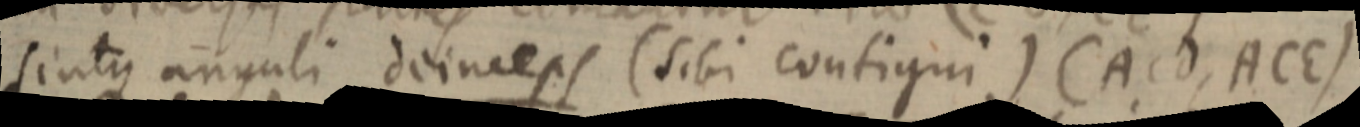
sintque anguli deinceps (sibi contigui) (ACd, ACE)